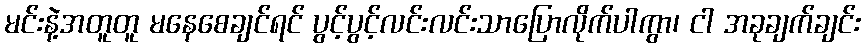
မင်းနဲ့အတူတူ မနေစေချင်ရင် ပွင့်ပွင့်လင်းလင်းသာပြောလိုက်ပါကွာ၊ ငါ အခုချက်ချင်း